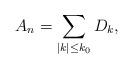
LaTeX: \begin{align*} A_n = \sum_{|k| \leq k_0} D_k ,\end{align*}